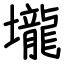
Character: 壠